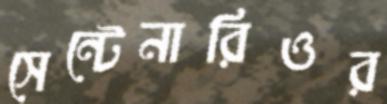
সেন্টেনারিওর